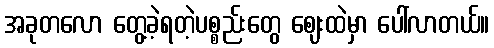
အခုတလော တွေ့ခဲ့ရတဲ့ပစ္စည်းတွေ ဈေးထဲမှာ ပေါ်လာတယ်။